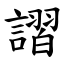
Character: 謵